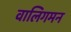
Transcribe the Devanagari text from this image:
वालिगमन